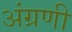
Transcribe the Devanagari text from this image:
अंग्रणी